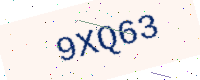
Text: 9XQ63